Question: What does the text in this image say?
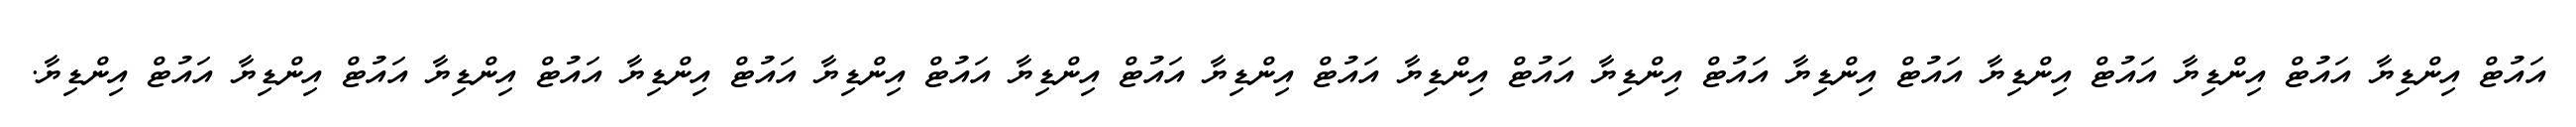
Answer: އައުޓް އިންޑިޔާ އައުޓް އިންޑިޔާ އައުޓް އިންޑިޔާ އައުޓް އިންޑިޔާ އައުޓް އިންޑިޔާ އައުޓް އިންޑިޔާ އައުޓް އިންޑިޔާ އައުޓް އިންޑިޔާ އައުޓް އިންޑިޔާ އައުޓް އިންޑިޔާ އައުޓް އިންޑިޔާ އައުޓް އިންޑިޔާ އައުޓް އިންޑިޔާ.